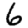
Digit: 6